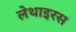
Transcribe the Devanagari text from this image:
लेथाइरस